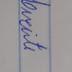
Signature authenticity: genuine